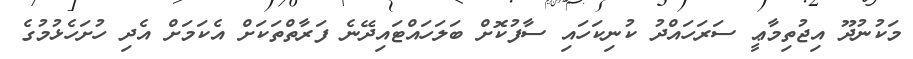
މަކުނުދޫ އިޖުތިމާޢީ ސަރަހައްދު ކުނިކަހައި ސާފުކޮށް ބަލަހައްޓައިދޭނެ ފަރާތްތަކަށް އެކަމަށް އެދި ހުށަހެޅުމުގެ